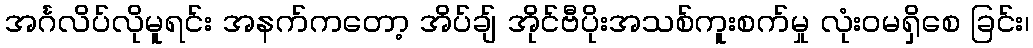
အင်္ဂလိပ်လိုမူရင်း အနက်ကတော့ အိပ်ချ် အိုင်ဗီပိုးအသစ်ကူးစက်မှု လုံးဝမရှိစေ ခြင်း၊